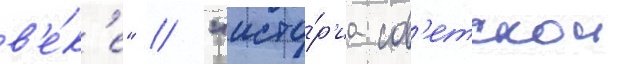
в'е́к'е" / "исто́р'иа сов'етскои